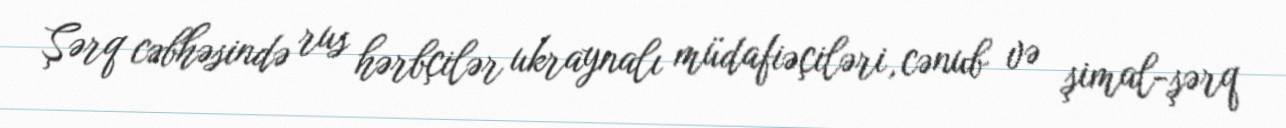
Şərq cəbhəsində rus hərbçilər ukraynalı müdafiəçiləri, cənub və şimal-şərq